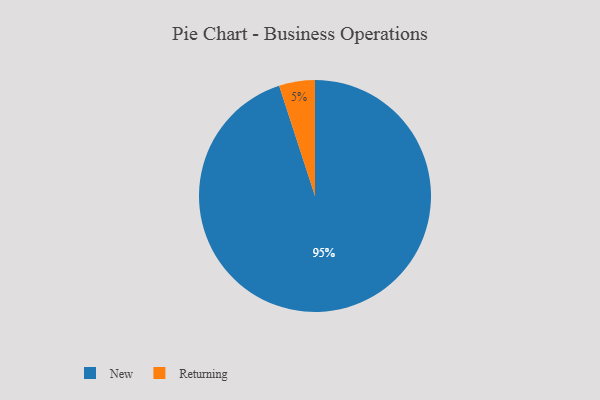
{"axis": {"x": "Category", "y": "Percentage"}, "legend": ["New", "Returning"], "data": [{"x": "Returning", "y": 5, "type": "Returning"}, {"x": "New", "y": 95, "type": "New"}]}